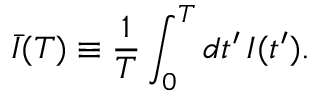
\bar { I } ( T ) \equiv \frac { 1 } { T } \int _ { 0 } ^ { T } d t ^ { \prime } \, I ( t ^ { \prime } ) .